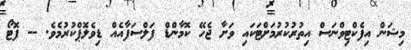
މިޝަން އިފެކްޓިވްނަސް އިތުރުކުރުމަށްޓަކައި ވަށާ ޖެހޭ ކޮމާންޑް ފަލްސަފާއެއް ޑިވެލޮޕްކުރުމެވެ. -- ފޮޓޯ